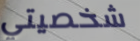
شخصيتي